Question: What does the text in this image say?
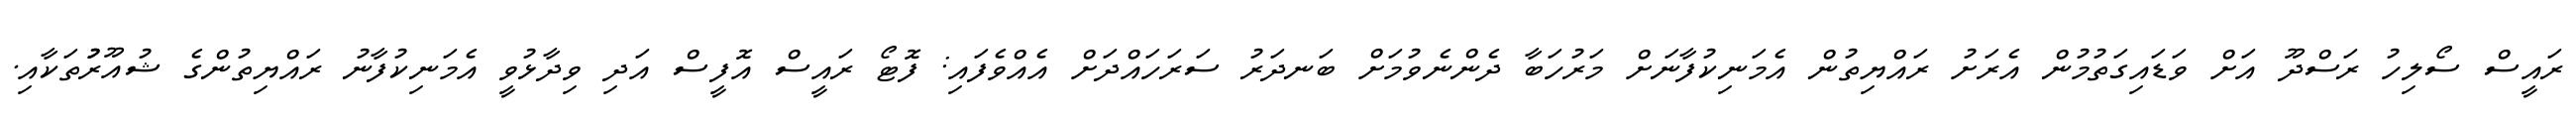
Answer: ރައީސް ސޯލިހު ރަސްދޫ އަށް ވަޑައިގަތުމުން އެރަށު ރައްޔިތުން އެމަނިކުފާނަށް މަރުހަބާ ދެންނެވުމަށް ބަނދަރު ސަރަހައްދަށް އެއްވެފައި: ފޮޓޯ ރައީސް އޮފީސް އަދި ވިދާޅުވީ އެމަނިކުފާނު ރައްޔިތުންގެ ޝުއޫރުުތަކާއި.